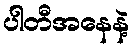
ပါတီအနေနဲ့